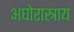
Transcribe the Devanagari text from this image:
अघोरास्त्राय